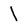
Character: l